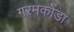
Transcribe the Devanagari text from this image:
गरमकोंडा